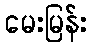
မေးမြန်း